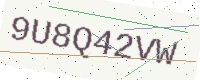
Text: 9U8Q42VW